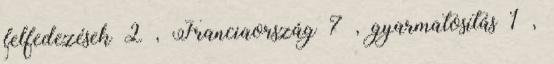
felfedezések 2 , Franciaország 7 , gyarmatosítás 1 ,